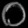
Digit: ၀